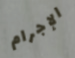
الإجرام